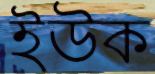
ইউক